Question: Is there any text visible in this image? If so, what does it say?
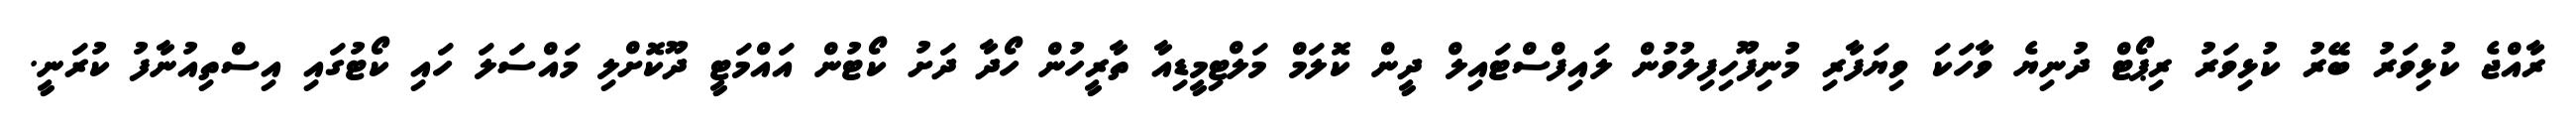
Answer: ރާއްޖެ ކުޅިވަރު ބޭރު ކުޅިވަރު ރިޕޯޓް ދުނިޔެ ވާހަކަ ވިޔަފާރި މުނިފޫހިފިލުވުން ލައިފްސްޓައިލް ދީން ކޮލަމް މަލްޓިމީޑިއާ ތާރީހުން ހޯދާ ދަށު ކޯޓުން އައްމަޓީ ދޫކޮށްލި މައްސަލަ ހައި ކޯޓުގައި އިސްތިއުނާފު ކުރަނީ.